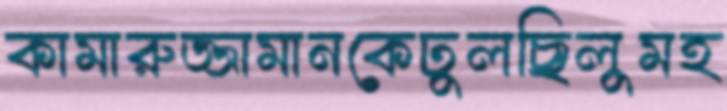
কামারুজ্জামানকেঢুলছিলুমহ